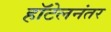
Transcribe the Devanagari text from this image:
हॉटेलनंतर